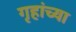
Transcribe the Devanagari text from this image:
गृहांच्या